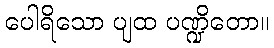
ပေါရိသော ပျထ ပဏ္ဍိတော။